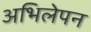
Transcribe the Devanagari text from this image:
अभिलेपन